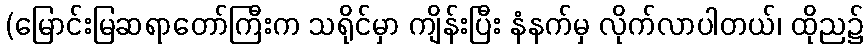
(မြောင်းမြဆရာတော်ကြီးက သရိုင်မှာ ကျိန်းပြီး နံနက်မှ လိုက်လာပါတယ်၊ ထိုည၌